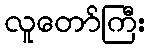
လူတော်ကြီး